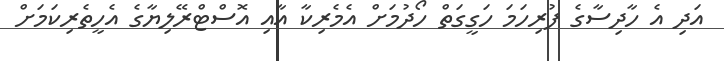
އަދި އެ ހާދިސާގެ ފުރިހަމަ ހަގީގަތް ހޯދުމަށް އެމެރިކާ އާއި އޮސްޓްރޭލިޔާގެ އެހީތެރިކަމަށް